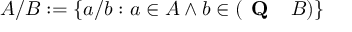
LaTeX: A / B : = \{ a / b : a \in A \land b \in ( { \textbf { Q } } \setminus B ) \}